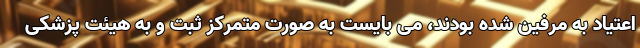
اعتیاد به مرفین شده بودند، می بایست به صورت متمرکز ثبت و به هیئت پزشکی